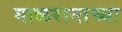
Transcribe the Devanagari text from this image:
माळरानाच्या